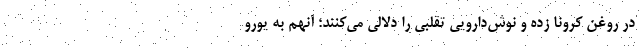
در روغن کرونا زده‌ و نوش‌دارویی تقلبی را دلالی می‌کنند؛ آنهم به یورو